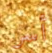
أسر